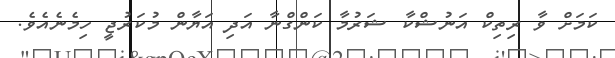
ކަމަށް ވާ ރިތިކް އަނުޝްކާ ޝަރުމާ ކަންގްނާ އަދި އަޔާން މުކަރުޖީ ހިމެނެއެވެ.